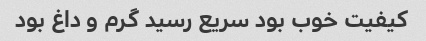
کیفیت خوب بود سریع رسید گرم و داغ بود